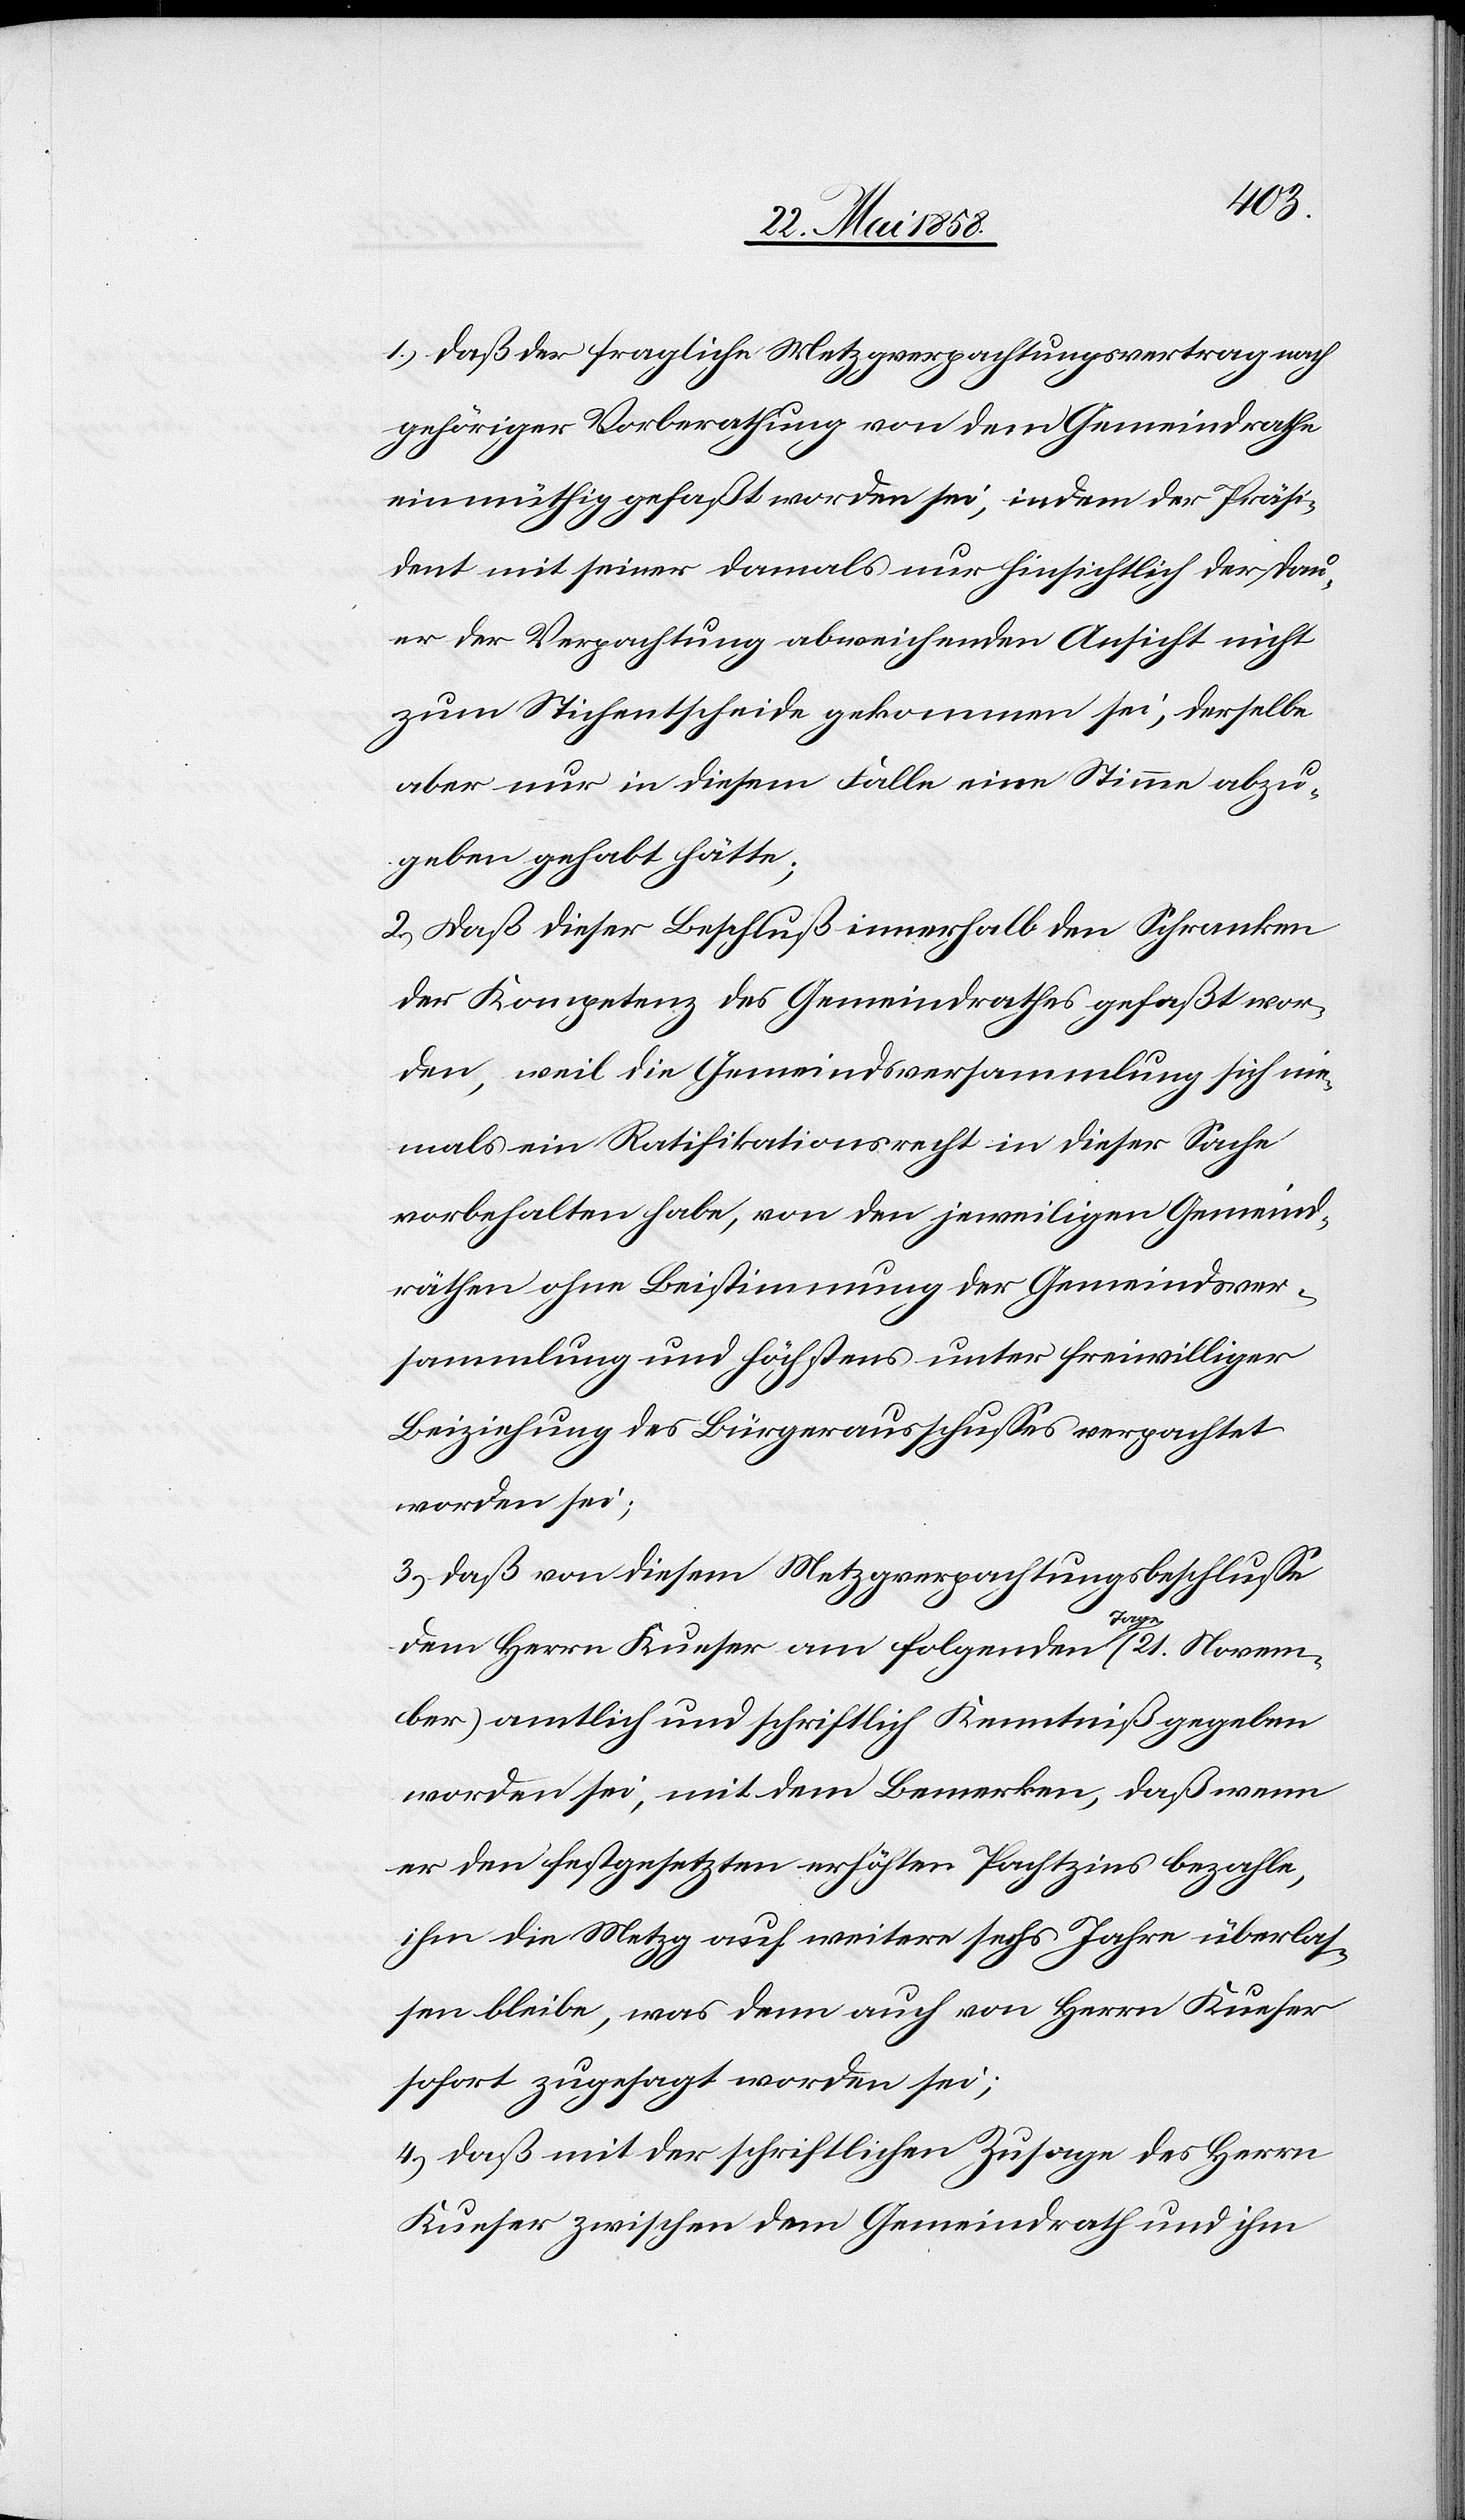
1) daß der fragliche Metzgverpachtungsvertrag nach
gehöriger Vorberathung von dem Gemeindrathe
einmüthig gefaßt worden sei, indem der Präsi¬
dent mit seiner damals nur hinsichtlich der Dau¬
er der Verpachtung abweichenden Ansicht nicht
zum Stichentscheide gekommen sei, derselbe
aber nur in diesem Falle eine Stimme abzu¬
geben gehabt hätte;
2) daß dieser Beschluß innerhalb den Schranken
der Kompetenz des Gemeindrathes gefaßt wor¬
den, weil die Gemeindsversammlung sich nie¬
mals ein Ratifikationsrecht in dieser Sache
vorbehalten habe, von den jeweiligen Gemeind¬
räthen ohne Beistimmung der Gemeindsver¬
sammlung und höchstens unter freiwilliger
Beziehung des Bürgerausschusses verpachtet
worden sei;
3) daß von diesem Metzgverpachtungsbeschlusse
dem Herrn Kueser am folgenden Tage (21. Novem¬
ber) amtlich und schriftlich Kenntniß gegeben
worden sei, mit dem Bemerken, daß wenn
er den festgesetzten erhöhten Pachtzins bezahle,
ihm die Metzg auf weitere sechs Jahre überlas¬
sen bleibe, was denn auch von Herrn Kueser
sofort zugesagt worden sei;
4) daß mit der schriftlichen Zusage des Herrn
Kueser zwischen dem Gemeindrathe und ihm